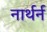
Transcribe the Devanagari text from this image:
नार्थर्न